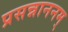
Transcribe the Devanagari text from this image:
प्रसन्नाननम्